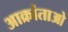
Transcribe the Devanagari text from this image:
आक्रांताओ